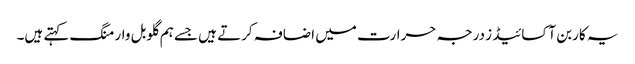
یہ کاربن آکسائیڈ ز درجہ حرارت میں اضافہ کرتے ہیں جسے ہم گلوبل وارمنگ کہتے ہیں۔